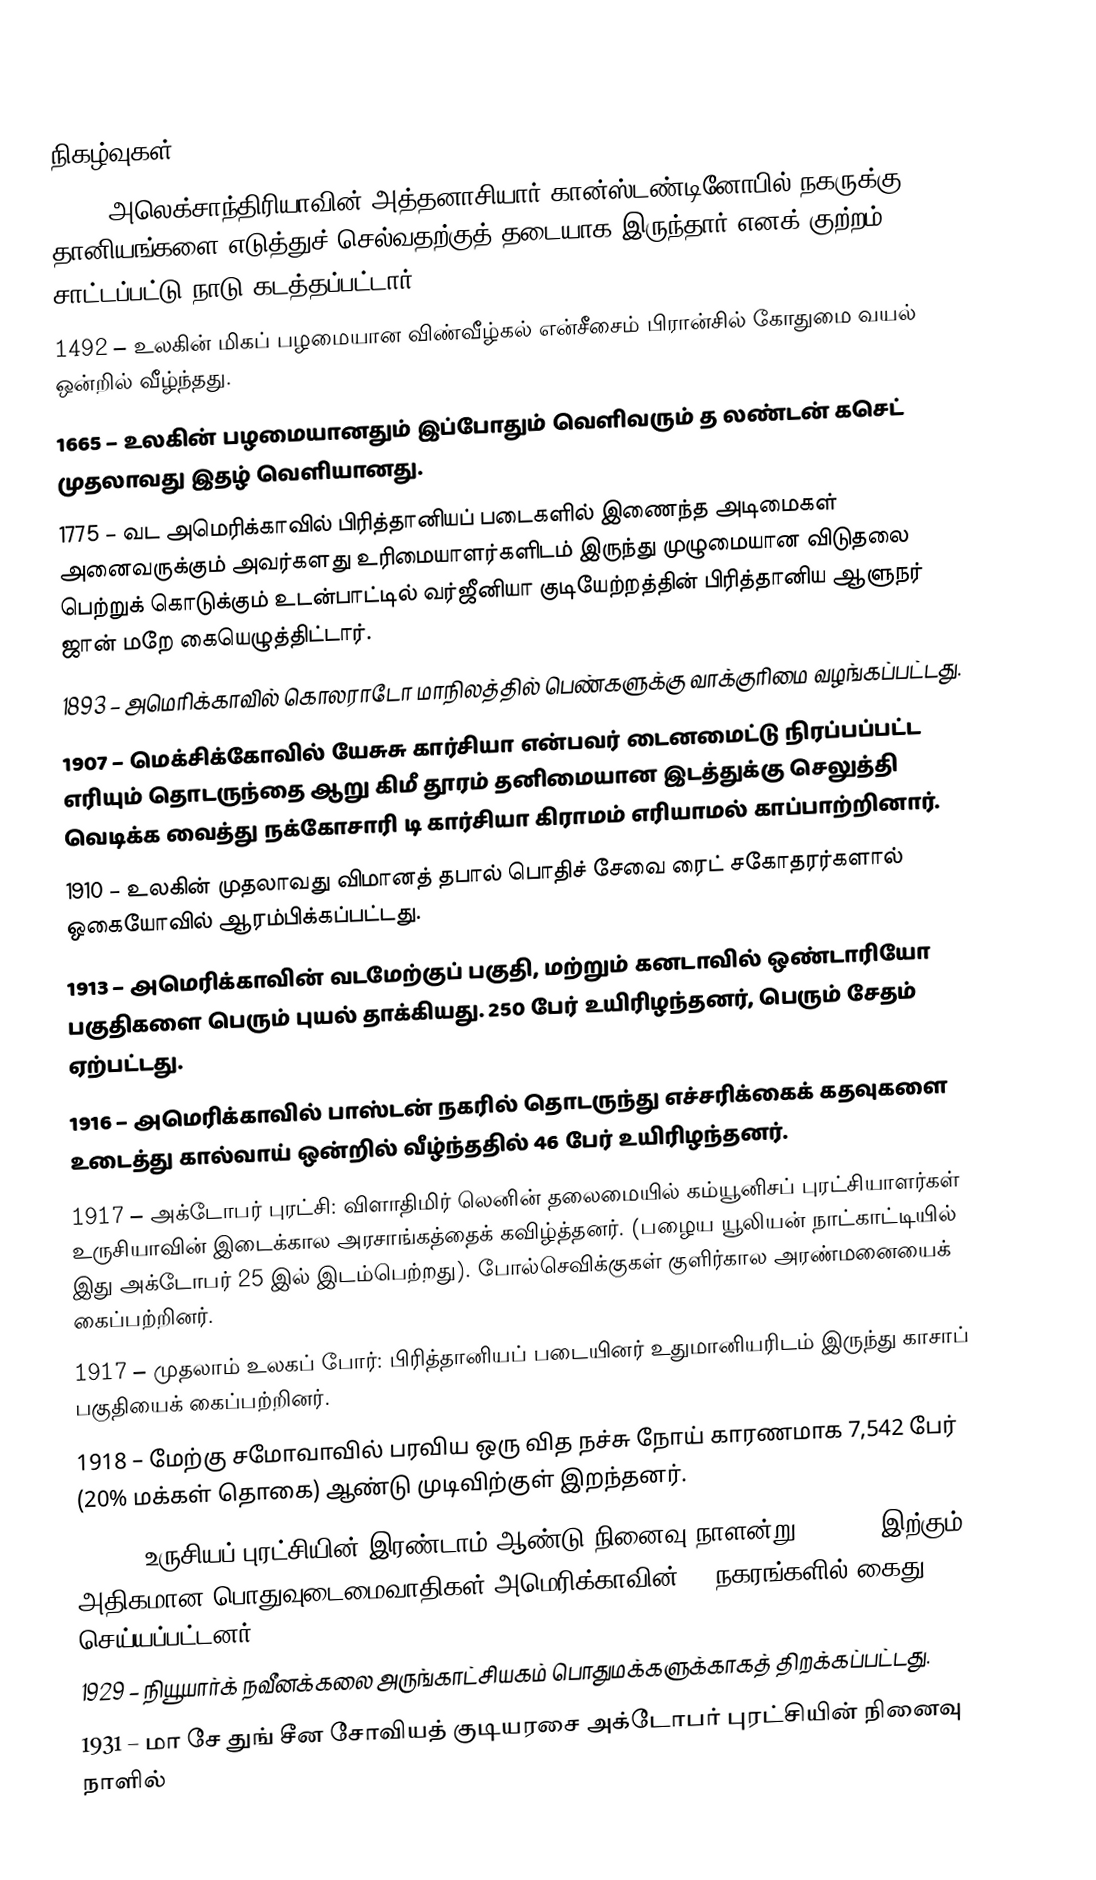

நிகழ்வுகள்
 335 – அலெக்சாந்திரியாவின் அத்தனாசியார் கான்ஸ்டண்டினோபில் நகருக்கு தானியங்களை எடுத்துச் செல்வதற்குத் தடையாக இருந்தார் எனக் குற்றம் சாட்டப்பட்டு நாடு கடத்தப்பட்டார்.
1492 – உலகின் மிகப் பழமையான விண்வீழ்கல் என்சீசைம் பிரான்சில் கோதுமை வயல் ஒன்றில் வீழ்ந்தது.
1665 – உலகின் பழமையானதும் இப்போதும் வெளிவரும் த லண்டன் கசெட் முதலாவது இதழ் வெளியானது.
1775 – வட அமெரிக்காவில் பிரித்தானியப் படைகளில் இணைந்த அடிமைகள் அனைவருக்கும் அவர்களது உரிமையாளர்களிடம் இருந்து முழுமையான விடுதலை பெற்றுக் கொடுக்கும் உடன்பாட்டில் வர்ஜீனியா குடியேற்றத்தின் பிரித்தானிய ஆளுநர் ஜான் மறே கையெழுத்திட்டார்.
1893 – அமெரிக்காவில் கொலராடோ மாநிலத்தில் பெண்களுக்கு வாக்குரிமை வழங்கப்பட்டது.
1907 – மெக்சிக்கோவில் யேசுசு கார்சியா என்பவர் டைனமைட்டு நிரப்பப்பட்ட எரியும் தொடருந்தை ஆறு கிமீ தூரம் தனிமையான இடத்துக்கு செலுத்தி வெடிக்க வைத்து நக்கோசாரி டி கார்சியா கிராமம் எரியாமல் காப்பாற்றினார்.
1910 – உலகின் முதலாவது விமானத் தபால் பொதிச் சேவை ரைட் சகோதரர்களால் ஒகையோவில் ஆரம்பிக்கப்பட்டது.
1913 – அமெரிக்காவின் வடமேற்குப் பகுதி, மற்றும் கனடாவில் ஒண்டாரியோ பகுதிகளை பெரும் புயல் தாக்கியது. 250 பேர் உயிரிழந்தனர், பெரும் சேதம் ஏற்பட்டது.
1916 – அமெரிக்காவில் பாஸ்டன் நகரில் தொடருந்து எச்சரிக்கைக் கதவுகளை உடைத்து கால்வாய் ஒன்றில் வீழ்ந்ததில் 46 பேர் உயிரிழந்தனர்.
1917 – அக்டோபர் புரட்சி: விளாதிமிர் லெனின் தலைமையில் கம்யூனிசப் புரட்சியாளர்கள் உருசியாவின் இடைக்கால அரசாங்கத்தைக் கவிழ்த்தனர். (பழைய யூலியன் நாட்காட்டியில் இது அக்டோபர் 25 இல் இடம்பெற்றது). போல்செவிக்குகள் குளிர்கால அரண்மனையைக் கைப்பற்றினர்.
1917 – முதலாம் உலகப் போர்: பிரித்தானியப் படையினர் உதுமானியரிடம் இருந்து காசாப் பகுதியைக் கைப்பற்றினர்.
1918 – மேற்கு சமோவாவில் பரவிய ஒரு வித நச்சு நோய் காரணமாக 7,542 பேர் (20% மக்கள் தொகை) ஆண்டு முடிவிற்குள் இறந்தனர்.
1919 – உருசியப் புரட்சியின் இரண்டாம் ஆண்டு நினைவு நாளன்று, 10,000 இற்கும் அதிகமான பொதுவுடைமைவாதிகள் அமெரிக்காவின் 23 நகரங்களில் கைது செய்யப்பட்டனர்.
1929 – நியூயார்க் நவீனக்கலை அருங்காட்சியகம் பொதுமக்களுக்காகத் திறக்கப்பட்டது.
1931 – மா சே துங் சீன சோவியத் குடியரசை அக்டோபர் புரட்சியின் நினைவு நாளில்